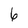
Character: 6